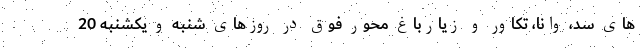
های سد، وانا، تکاور و زیارباغ محور فوق در روزهای شنبه و یکشنبه 20